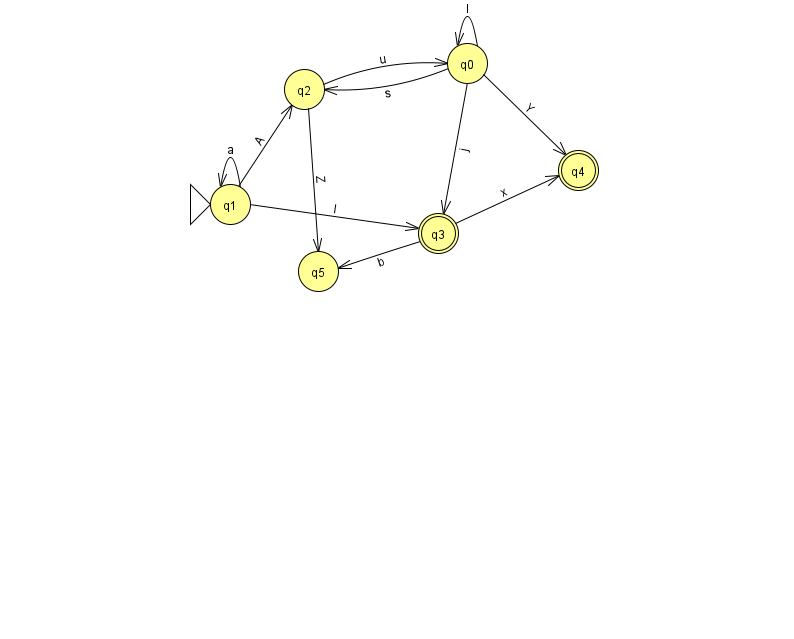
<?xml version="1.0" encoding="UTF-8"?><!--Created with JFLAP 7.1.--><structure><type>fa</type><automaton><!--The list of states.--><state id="0" name="q0"><x>467.0</x><y>50.0</y></state><state id="1" name="q1"><x>230.0</x><y>191.0</y><initial/></state><state id="2" name="q2"><x>304.0</x><y>76.0</y></state><state id="3" name="q3"><x>438.0</x><y>220.0</y><final/></state><state id="4" name="q4"><x>578.0</x><y>157.0</y><final/></state><state id="5" name="q5"><x>318.0</x><y>258.0</y></state><!--The list of transitions.--><transition><from>2</from><to>0</to><read>u</read></transition><transition><from>1</from><to>1</to><read>a</read></transition><transition><from>1</from><to>2</to><read>A</read></transition><transition><from>0</from><to>2</to><read>s</read></transition><transition><from>2</from><to>5</to><read>Z</read></transition><transition><from>0</from><to>4</to><read>Y</read></transition><transition><from>1</from><to>3</to><read>I</read></transition><transition><from>0</from><to>0</to><read>l</read></transition><transition><from>3</from><to>4</to><read>x</read></transition><transition><from>0</from><to>3</to><read>j</read></transition><transition><from>3</from><to>5</to><read>b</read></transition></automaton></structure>